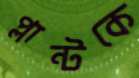
প্লান্টকে